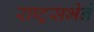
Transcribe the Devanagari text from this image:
राष्ट्रसभेने